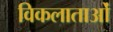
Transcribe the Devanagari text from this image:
विकलाताओं